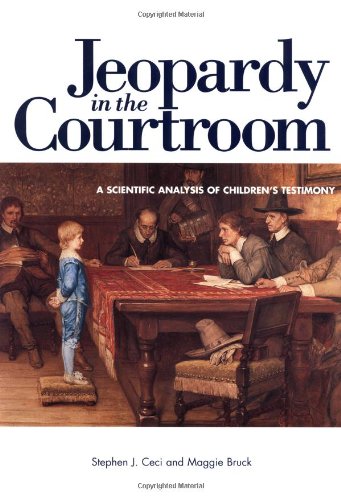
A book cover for Jeopardy in the Courtroom: A Scientific Analysis of Children's Testimony; Stephen J. Ceci; Law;